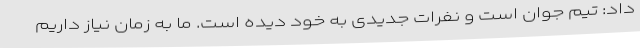
داد: تیم جوان است و نفرات جدیدی به خود دیده است. ما به زمان نیاز داریم